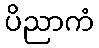
ပိညာကံ